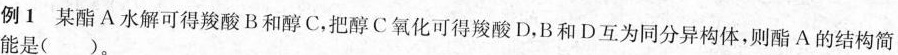
例1 某酯A水解可得羧酸B和醇C，把醇C氧化可得羧酸D，B和D互为同分异构体，则酯A的结构简